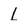
Character: l